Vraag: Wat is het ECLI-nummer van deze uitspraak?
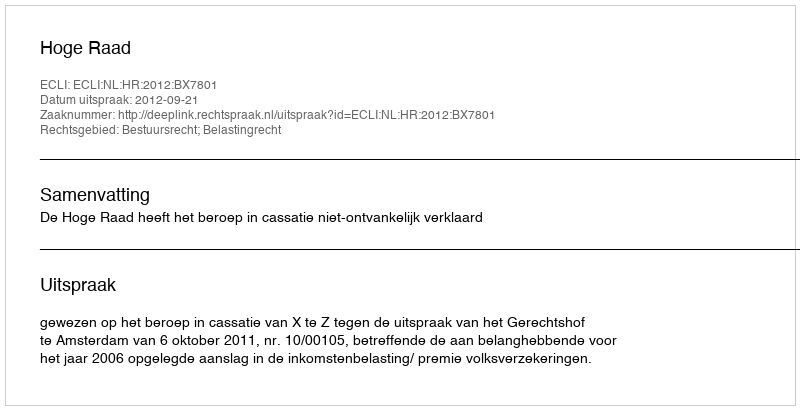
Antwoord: ECLI:NL:HR:2012:BX7801